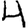
Digit: 4